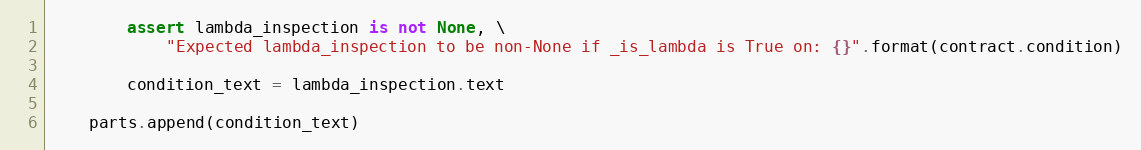
Language: Python
        assert lambda_inspection is not None, \
            "Expected lambda_inspection to be non-None if _is_lambda is True on: {}".format(contract.condition)

        condition_text = lambda_inspection.text

    parts.append(condition_text)